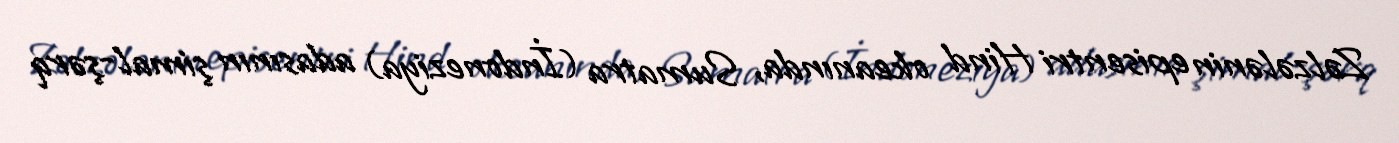
Zəlzələnin episentri Hind okeanında, Sumatra (İndoneziya) adasının şimal-şərq